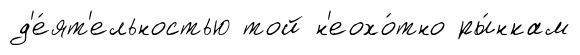
д'е́ят'ельностью той н'еохо́тно ры́нкам